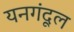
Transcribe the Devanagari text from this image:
यनगंदूल